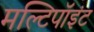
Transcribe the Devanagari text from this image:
मल्टिपॉइंट